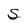
Character: S